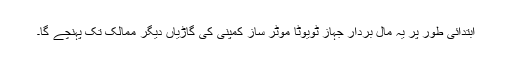
ابتدائی طور پر یہ مال بردار جہاز ٹویوٹا موٹر ساز کمپنی کی گاڑیاں دیگر ممالک تک پہنچے گا۔